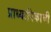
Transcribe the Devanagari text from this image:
प्राध्यापिकाची